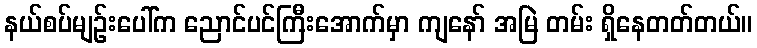
နယ်စပ်မျဉ်းပေါ်က ညောင်ပင်ကြီးအောက်မှာ ကျနော် အမြဲ တမ်း ရှိနေတတ်တယ်။